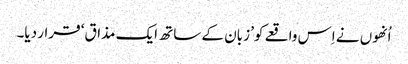
اُنھوں نے اِس واقعے کو’ زبان کے ساتھ ایک مذاق‘ قرار دیا۔